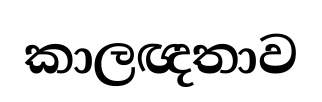
කාලඥතාව